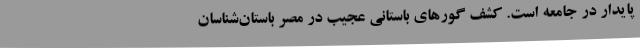
پایدار در جامعه است. کشف گورهای باستانی عجیب در مصر باستان‌شناسان